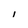
Character: I